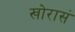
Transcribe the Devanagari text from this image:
खोरासं